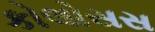
કોલોસસ